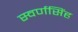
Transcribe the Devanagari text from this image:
स्वर्णसिंह